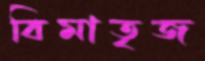
বিমাতৃজ